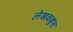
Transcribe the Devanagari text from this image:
लेखकब्रुस